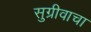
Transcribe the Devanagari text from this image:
सुग्रीवाचा